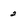
Character: 2